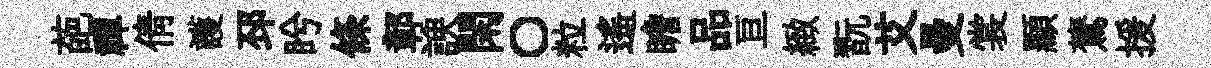
葩禪倩護邳盻條鄣諛閑〇粒遥瞻品亘緻翫艾曼裳顯鷟援